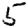
Digit: 5